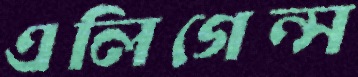
এলিগেন্স